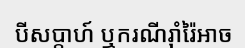
បីសប្តាហ៍ ឬករណីរ៉ាំរ៉ៃអាច